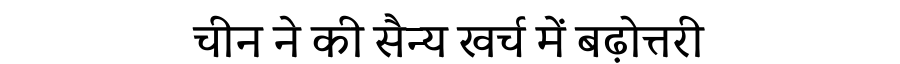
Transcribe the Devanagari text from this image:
चीन ने की सैन्य खर्च में बढ़ोत्तरी